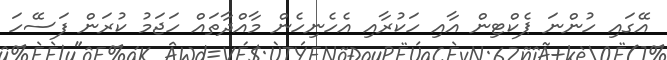
އޭގައި ހުންނަ ޕެކްޓިން އާއި ހަކުރާއި އެހެނިހެން މާއްދާތައް ހަޖަމު ކުރަން ފަސޭހަ